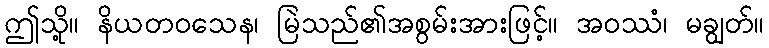
ဤသို့။ နိယတဝသေန၊ မြဲသည်၏အစွမ်းအားဖြင့်။ အဝဿံ၊ မချွတ်။